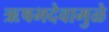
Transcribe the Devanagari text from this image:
ऋषभदेवामुळे